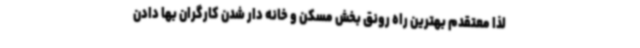
لذا معتقدم بهترین راه رونق بخش مسکن و خانه دار شدن کارگران بها دادن